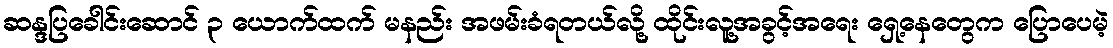
ဆန္ဒပြခေါင်းဆောင် ၃ ယောက်ထက် မနည်း အဖမ်းခံရတယ်လို့ ထိုင်းလူ့အခွင့်အရေး ရှေ့နေတွေက ပြောပေမဲ့